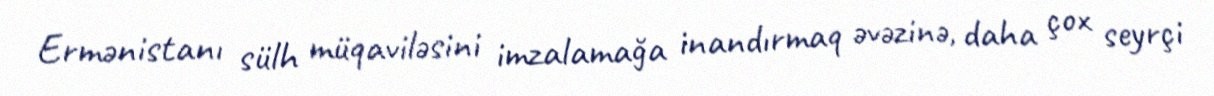
Ermənistanı sülh müqaviləsini imzalamağa inandırmaq əvəzinə, daha çox seyrçi